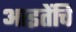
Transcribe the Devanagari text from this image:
आइतेंचि